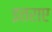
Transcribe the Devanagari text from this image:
इतराए